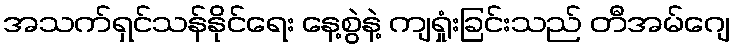
အသက်ရှင်သန်နိုင်ရေး နေ့စွဲနဲ့ ကျရှုံးခြင်းသည် တီအမ်ဂျေ